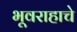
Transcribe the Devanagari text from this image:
भूवराहाचे